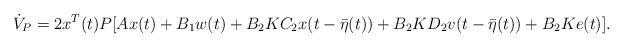
LaTeX: \begin{align*}\dot V_P=2x^T(t)P[Ax(t)+B_1w(t)+B_2KC_2x(t-\bar{\eta}(t))+B_2KD_2v(t-\bar\eta(t))+B_2Ke(t)].\end{align*}